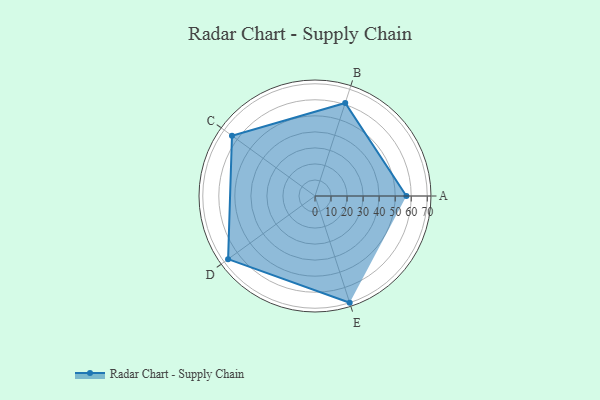
{"axis": {"x": "Skill", "y": "Score"}, "legend": ["Profile"], "data": [{"x": "A", "y": 57.0, "type": "Profile"}, {"x": "B", "y": 61.0, "type": "Profile"}, {"x": "C", "y": 64.0, "type": "Profile"}, {"x": "D", "y": 67.0, "type": "Profile"}, {"x": "E", "y": 70.0, "type": "Profile"}]}